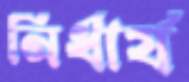
নির্ধার্য